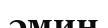
әмин